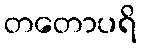
တတောပရိ